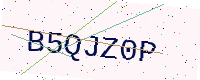
Text: B5QJZ0P